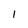
Character: 1